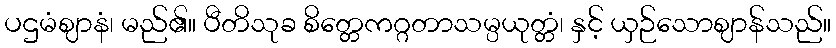
ပဌမံဈာနံ၊ မည်၏။ ပီတိသုခ စိတ္တေကဂ္ဂတာသမ္ပယုတ္တံ၊ နှင့် ယှဉ်သောဈာန်သည်။